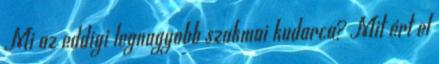
Mi az eddigi legnagyobb szakmai kudarca? Mit ért el